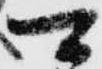
可